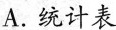
A.统计表